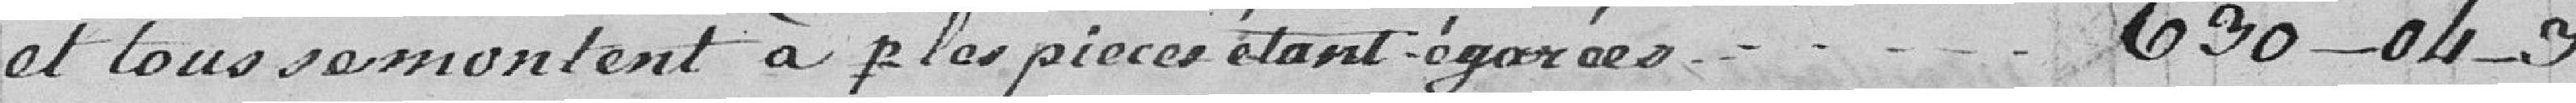
et tous remontent à part les pièces étant égarées... 630frs  -- 04  -- 3